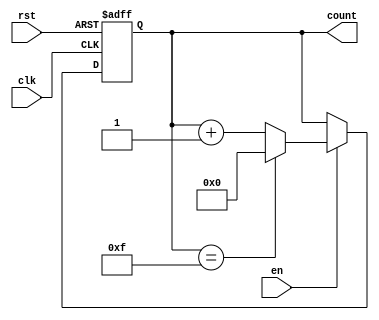
module MemoryBlocksUpCounter #(
    parameter WIDTH = 4  // Width of the counter (e.g., 4 for a 4-bit counter)
)(
    input wire clk,      // Clock signal
    input wire rst,      // Asynchronous reset signal
    input wire en,       // Enable signal
    output reg [WIDTH-1:0] count // Counter output
);

// Maximum value for the counter based on its width
localparam MAX_COUNT = (1 << WIDTH) - 1; // 2^WIDTH - 1

// Always block for counter functionality
always @(posedge clk or posedge rst) begin
    if (rst) begin
        count <= 0; // Reset the counter to zero
    end else if (en) begin
        if (count == MAX_COUNT) begin
            count <= 0; // Wrap around to zero
        end else begin
            count <= count + 1; // Increment the counter
        end
    end
end

endmodule